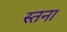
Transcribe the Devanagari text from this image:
स्तना